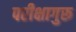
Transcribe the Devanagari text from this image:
परीक्षागुरू